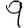
Digit: 9